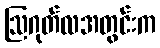
ဩဂုတ်လအတွင်းက